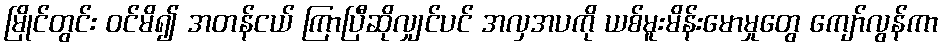
မြိုင်တွင်း ဝင်မိ၍ အတန်ငယ် ကြာပြီဆိုလျှင်ပင် အလှအပကို ယစ်မူးမိန်းမောမှုတွေ ကျော်လွန်ကာ